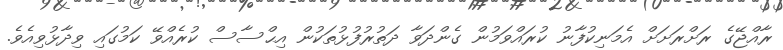
ރާއްޖޭގެ ރަށްރަށަށް އެމަނިކުފާނު ކުރައްވަމުން ގެންދަވާ ދަތުރުފުޅުތަކުން އިޙްސާސް ކުރެއްވޭ ކަމުގައި ވިދާޅުވިއެވެ.